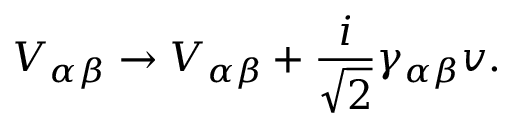
V _ { \alpha \beta } \rightarrow V _ { \alpha \beta } + \frac { i } { \sqrt { 2 } } \gamma _ { \alpha \beta } v .